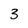
Character: 3